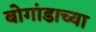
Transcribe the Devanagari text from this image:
बोगांडाच्या